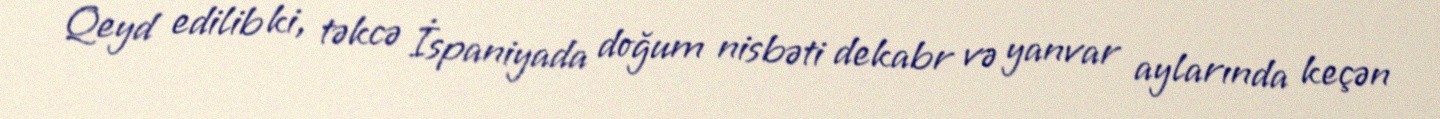
Qeyd edilib ki, təkcə İspaniyada doğum nisbəti dekabr və yanvar aylarında keçən